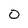
Character: 0